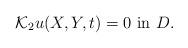
LaTeX: \begin{align*} \mathcal{K}_2 u(X,Y,t) = 0 \mbox { in }D.\end{align*}